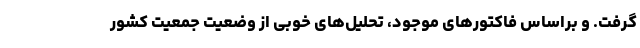
گرفت. و براساس فاکتورهای موجود، تحلیل‌های خوبی از وضعیت جمعیت کشور